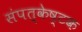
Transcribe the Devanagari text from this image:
संपत्केष्टक